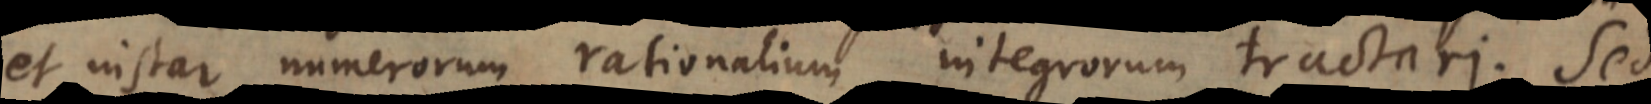
et instar numerorum rationalium integrorum tractari. Sed